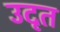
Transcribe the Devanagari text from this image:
उदृत